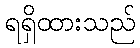
ရရှိထားသည်